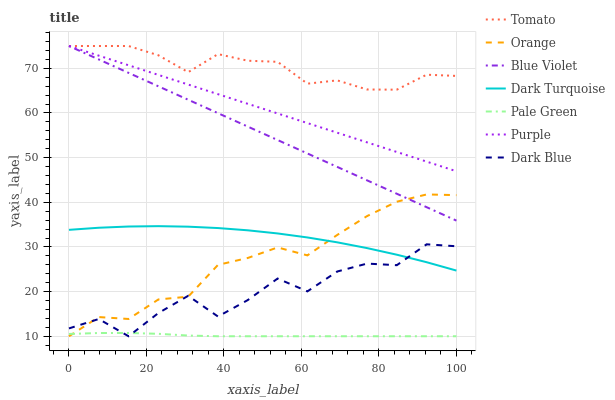
| xaxis_label | Tomato | Orange | Blue Violet | Dark Turquoise | Pale Green | Purple | Dark Blue |
 | --- | --- | --- | --- | --- | --- | --- | --- |
 | 0 | 75 | 10 | 75 | 33.8 | 10.5 | 75 | 11.8 |
 | 7.69 | 75 | 14.3 | 72 | 34.3 | 10.7 | 72.8 | 13.9 |
 | 15.4 | 75 | 13.9 | 69 | 34.6 | 10.7 | 70.7 | 10 |
 | 23.1 | 72.9 | 18.2 | 66 | 34.7 | 10.5 | 68.5 | 15.2 |
 | 30.8 | 69.1 | 18.9 | 63 | 34.5 | 10.2 | 66.4 | 19.1 |
 | 38.5 | 73.2 | 26 | 60 | 34.2 | 10 | 64.2 | 14.4 |
 | 46.2 | 71.7 | 27.5 | 57 | 33.7 | 10 | 62.1 | 18.1 |
 | 53.8 | 71.5 | 29.9 | 53.9 | 33 | 10 | 59.9 | 22.9 |
 | 61.5 | 66.6 | 28.1 | 50.9 | 32.1 | 10 | 57.7 | 20.1 |
 | 69.2 | 67.3 | 32.7 | 47.9 | 31 | 10 | 55.6 | 24.5 |
 | 76.9 | 65.3 | 36.9 | 44.9 | 29.7 | 10 | 53.4 | 26.3 |
 | 84.6 | 65.2 | 40.1 | 41.9 | 28.3 | 10 | 51.3 | 25.9 |
 | 92.3 | 68.6 | 41.8 | 38.9 | 26.6 | 10 | 49.1 | 30.6 |
 | 100 | 68.3 | 41.6 | 35.9 | 24.7 | 10 | 47 | 30.2 |